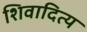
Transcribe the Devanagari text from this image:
शिवादित्य